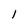
Character: 1